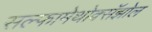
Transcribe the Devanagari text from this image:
सल्फामेथोक्सॅझोल